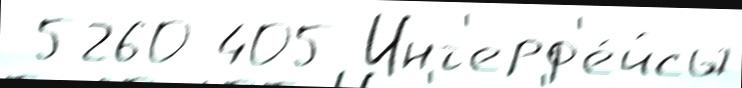
 5260 405 Инт'ерф'е́йсы